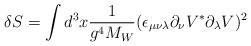
LaTeX: \begin{align*}\delta S=\int d^3x {1\over g^4 M_W} (\epsilon_{\mu\nu\lambda}\partial_\nu V^*\partial_\lambda V)^2\end{align*}